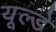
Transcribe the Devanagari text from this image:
यूल्डे